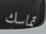
تماسك